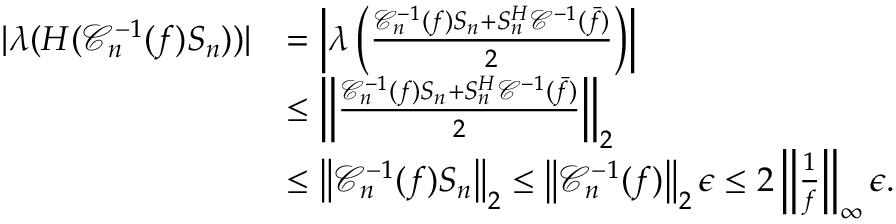
\begin{array} { r l } { \vert \lambda ( H ( \mathcal { C } _ { n } ^ { - 1 } ( f ) S _ { n } ) ) \vert } & { = \left\vert \lambda \left( \frac { \mathcal { C } _ { n } ^ { - 1 } ( f ) S _ { n } + S _ { n } ^ { H } \mathcal { C } ^ { - 1 } ( \bar { f } ) } { 2 } \right) \right\vert } \\ & { \leq \left\Vert \frac { \mathcal { C } _ { n } ^ { - 1 } ( f ) S _ { n } + S _ { n } ^ { H } \mathcal { C } ^ { - 1 } ( \bar { f } ) } { 2 } \right\Vert _ { 2 } } \\ & { \leq \left\Vert \mathcal { C } _ { n } ^ { - 1 } ( f ) S _ { n } \right\Vert _ { 2 } \leq \left\Vert \mathcal { C } _ { n } ^ { - 1 } ( f ) \right\Vert _ { 2 } \epsilon \leq 2 \left\Vert \frac { 1 } { f } \right\Vert _ { \infty } \epsilon . } \end{array}